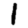
Digit: 1